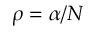
\rho = \alpha / N